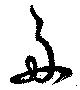
舟